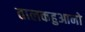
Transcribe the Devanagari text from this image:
तालकहुआनो